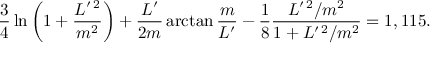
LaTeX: \frac 3 4 \ln \left( 1 + \frac { L ^ { \prime \, 2 } } { m ^ { 2 } } \right) + \frac { L ^ { \prime } } { 2 m } \arctan \frac m { L ^ { \prime } } - \frac 1 8 \frac { L ^ { \prime \, 2 } / m ^ { 2 } } { 1 + L ^ { \prime \, 2 } / m ^ { 2 } } = 1 , 1 1 5 .